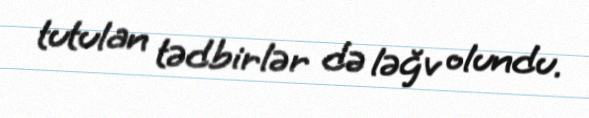
tutulan tədbirlər də ləğv olundu.